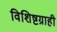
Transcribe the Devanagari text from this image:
विशिष्टग्राही